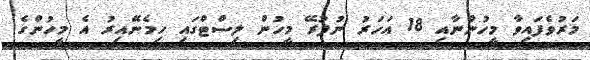
މަރުވެފައިވާ މީހުންނާއި 18 އަހަރު ނުފުރޭ މީހުން ލިސްޓްގައި ހިމެނޭއިރު އެ މީހުންގެ